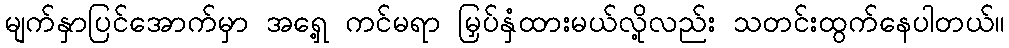
မျက်နှာပြင်အောက်မှာ အရှေ့ ကင်မရာ မြှပ်နှံထားမယ်လို့လည်း သတင်းထွက်နေပါတယ်။